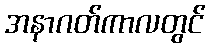
အနာဂတ်ကာလတွင်